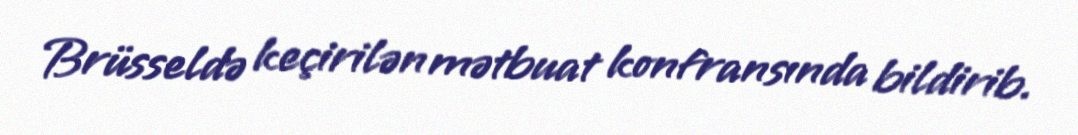
Brüsseldə keçirilən mətbuat konfransında bildirib.